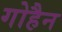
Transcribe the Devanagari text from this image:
गोहैन